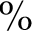
\%